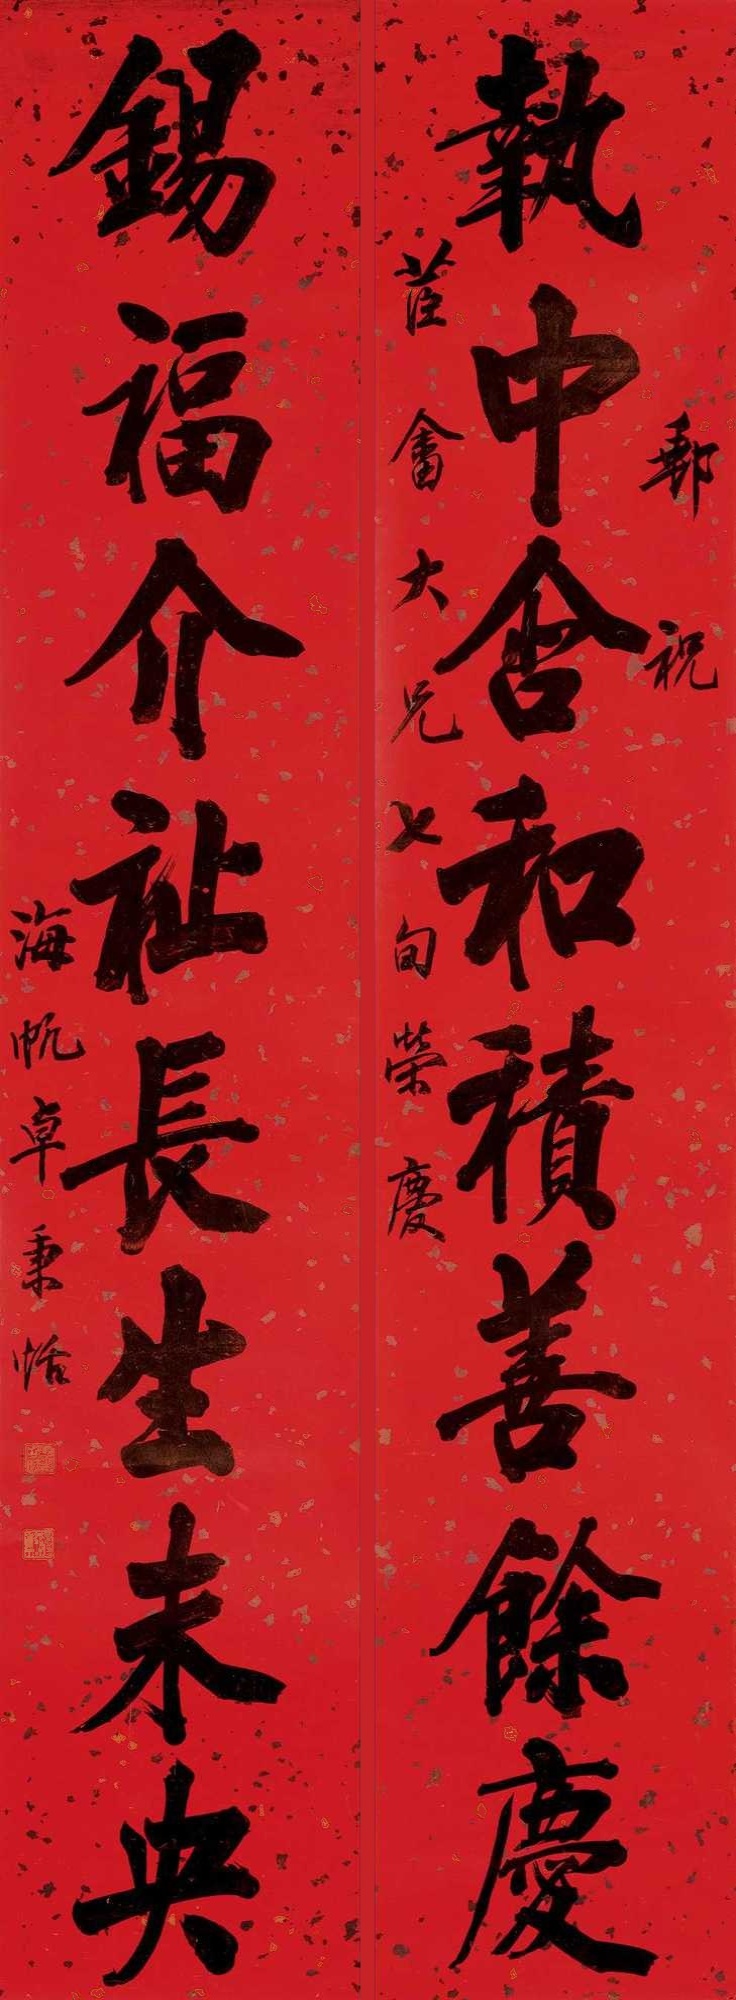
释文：执中含和积善余庆，锡福介祉长生未央。邮祝苣畬大兄七旬荣庆，海帆卓秉恬。